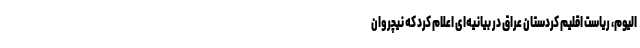
الیوم، ریاست اقلیم کردستان عراق در بیانیه‌ای اعلام کرد که نیچروان